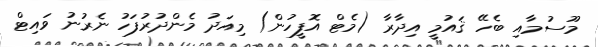
މޫސުމާއި ބެހޭ ޤައުމީ އިދާރާ (މެޓް އޮފީހުން) މިއަދު މެންދުރުފަހު ނެރުނު ވައިޓް